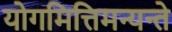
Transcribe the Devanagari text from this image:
योगमित्तिमन्यन्ते